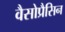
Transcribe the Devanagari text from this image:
वैसोप्रैसिन